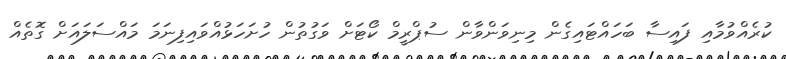
ކުރެއްވުމާއި ފައިސާ ބަހައްޓައިގެން މިނިވަންވާން ސުޕްރީމް ކޯޓަށް ވަގުތުން ހުށަހަޅުއްވައިފިނަމަ މައްސަލައަށް ގޮތެއް